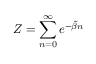
Z = \sum _ { n = 0 } ^ { \infty } e ^ { - \tilde { \beta } n }